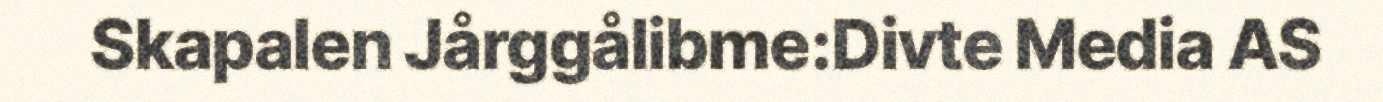
Skapalen Jårggålibme:Divte Media AS